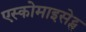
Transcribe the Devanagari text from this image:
एस्कोमाइसेट्स